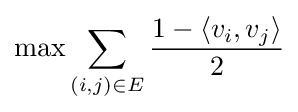
\max \sum _{(i,j)\in E}{\frac {1-\langle v_{i},v_{j}\rangle }{2}}